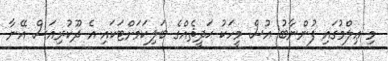
މި ޢިލްމުގައި ފުންނާބު އުސް މީހަކު ޙަދީޘެއްގެ ބަލިކަމަށްޓަކައި އެ ދޫކުރިއަސް އޭނާ